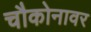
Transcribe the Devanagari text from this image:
चौकोनावर